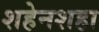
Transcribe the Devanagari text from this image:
शहेनशहा